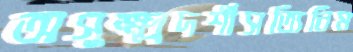
অসুক্ষ্মদর্শীসত্যিনিম